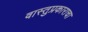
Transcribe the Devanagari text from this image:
वास्तुप्रकाराचा